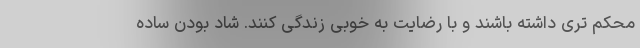
محکم تری داشته باشند و با رضایت به خوبی زندگی کنند. شاد بودن ساده